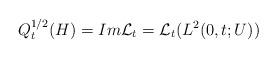
LaTeX: \begin{align*} {Q}_t^{1/2} (H) = Im \mathcal L_t = \mathcal L_t (L^2(0,t;U))\end{align*}